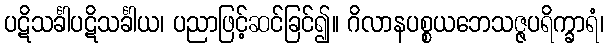
ပဋိသင်္ခါပဋိသင်္ခါယ၊ ပညာဖြင့်ဆင်ခြင်၍။ ဂိလာနပစ္စယဘေသဇ္ဇပရိက္ခာရံ၊